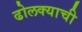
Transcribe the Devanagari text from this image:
ढोलक्याची